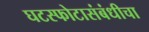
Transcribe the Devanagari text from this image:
घटस्फोटासंबंधीचा